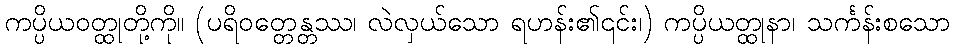
ကပ္ပိယဝတ္ထုတို့ကို။ (ပရိဝတ္တေန္တဿ၊ လဲလှယ်သော ရဟန်း၏၎င်း၊) ကပ္ပိယတ္ထုနာ၊ သင်္ကန်းစသော